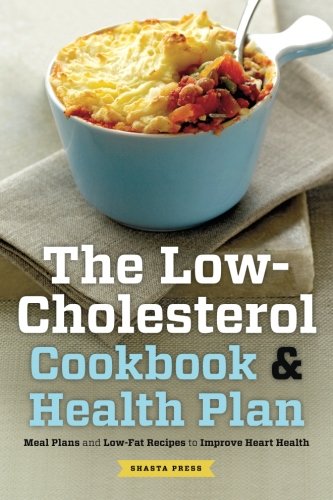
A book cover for Low Cholesterol Cookbook & Health Plan: Meal Plans and Low-Fat Recipes to Improve Heart Health; Shasta Press; Cookbooks, Food & Wine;